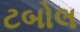
ટબોલ